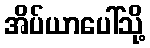
အိပ်ယာပေါ်သို့